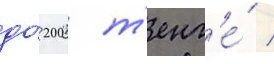
до́ 200 т'енг'е́ /